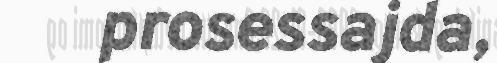
prosessajda,